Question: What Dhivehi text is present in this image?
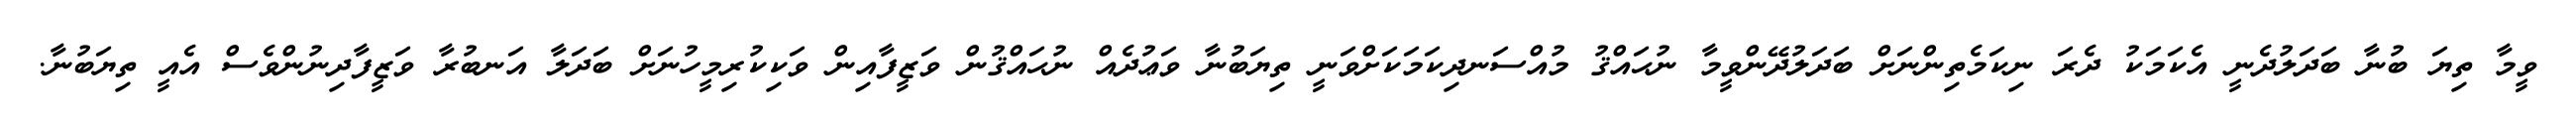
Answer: ވީމާ ތިޔަ ބުނާ ބަދަލުދެނީ އެކަމަކު ދެރަ ނިކަމެތިންނަށް ބަދަލުދޭންވީމާ ނުޙައްޤު މުއްސަނދިކަމަކަށްވަނީ ތިޔަބުނާ ވަޢުދެއް ނުޙައްޤުން ވަޒީފާއިން ވަކިކުރިމީހުނަށް ބަދަލާ އަނބުރާ ވަޒީފާދިނުންވެސް އެއީ ތިޔަބުނާ.